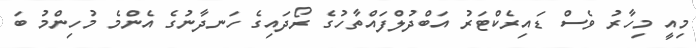
މިއީ މިހާރު ވެސް ޑައިރެކްޓަރު އަބްދުލްފައްތާހުގެ ރޯދައިގެ ހަނދާނުގެ އެންމެ މުހިންމު ބަ